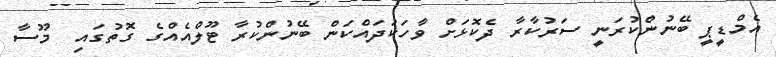
އެމްޑީޕީ ބޭނުންކުރަނީ ސަރުކާރާ ދެކޮޅަށް ވާހަކަދައްކަން ބޭނުންކުރާ ޓޫލްއެއްގެ ގޮތުގައި  މޫސާ